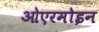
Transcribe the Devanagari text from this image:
ओएरमोइन